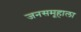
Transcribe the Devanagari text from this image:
जनसमूहाला